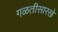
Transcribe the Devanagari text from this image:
गळतीसारखे